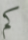
كم